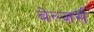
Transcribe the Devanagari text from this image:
बेल्ज़र्स